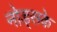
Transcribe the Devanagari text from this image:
नोड्सके